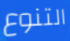
التنوع